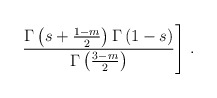
\begin{align*}\left.\frac{\Gamma\left(s+\frac{1-m}{2}\right)\Gamma \left(1-s\right)}{\Gamma\left(\frac{3-m}{2}\right)}\right]\,.\end{align*}